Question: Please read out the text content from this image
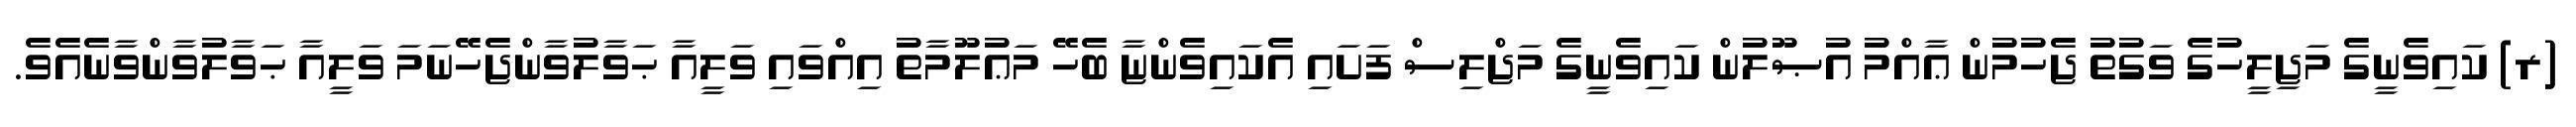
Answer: (ރ) ކައިވެނީގެ މަޖިލީހުގެ ވަގުތު ޖެހުމުން ޢާއްމު އުޞޫލުން ކައިވެނީގެ މަޖްލިސް ފަށައި އެކައިވެންޏާ ބެހޭ މަޢުލޫމާތު އިއްވައި ވަލީއާ ޙަވާލުވާންޖެހޭނަމަ ވަލީއާ ޙަވާލުވާންވާނެއެވެ.